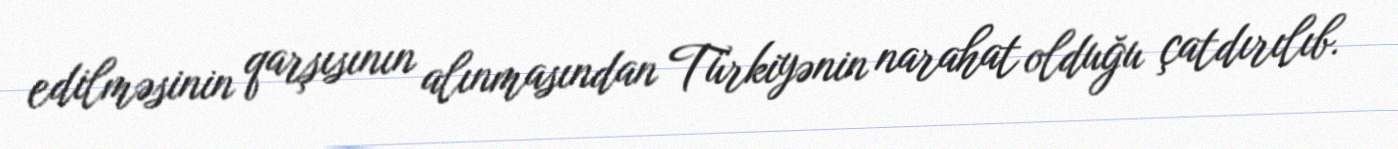
edilməsinin qarşısının alınmasından Türkiyənin narahat olduğu çatdırılıb.